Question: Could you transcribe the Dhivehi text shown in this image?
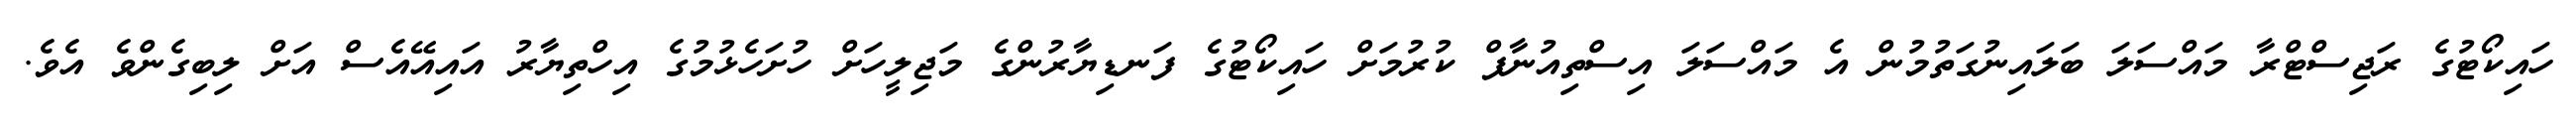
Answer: ހައިކޯޓުގެ ރަޖިސްޓްރާ މައްސަލަ ބަލައިނުގަތުމުން އެ މައްސަލަ އިސްތިއުނާފް ކުރުމަށް ހައިކޯޓުގެ ފަނޑިޔާރުންގެ މަޖިލީހަށް ހުށަހެޅުމުގެ އިހްތިޔާރު އައިއޭއެސް އަށް ލިބިގެންވެ އެވެ.